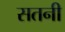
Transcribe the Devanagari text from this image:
सतनी